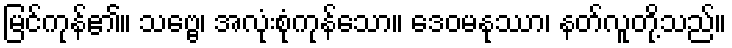
မြင်ကုန်၏။ သဗ္ဗေ၊ အလုံးစုံကုန်သော။ ဒေဝမနုဿာ၊ နတ်လူတို့သည်။